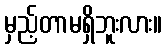
မှည့်တာမရှိဘူးလား။